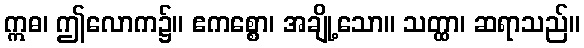
ဣဓ၊ ဤလောက၌။ ဧကစ္စော၊ အချို့သော။ သတ္ထာ၊ ဆရာသည်။